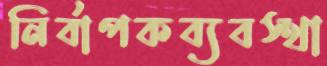
নির্বাপকব্যবস্থা